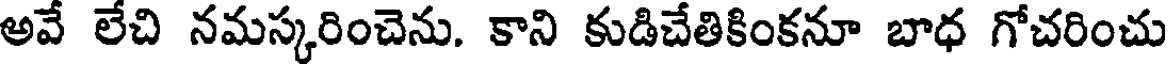
అవే లేచి నమస్కరించెను. కాని కుడిచేతికింకనూ బాధ గోచరించు